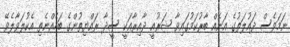
ނަމަވެސް ދައުލަތުގެ އަނެއް ބާރުކަމުގައިވާ ޝަރުއީ ދާއިރާއަކީ ސީދާ ރައްޔިތުންގެ ބަހެއްނެތި އެކުލަވާލެވޭ